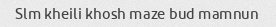
Slm kheili khosh maze bud mamnun